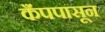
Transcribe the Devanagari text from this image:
कँपपासून